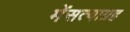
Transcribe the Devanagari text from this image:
मेंसत्याग्रह